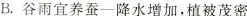
B.谷雨宜养蚕一降水增加，植被茂密